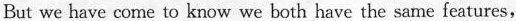
But we have come to know we both have the same features,